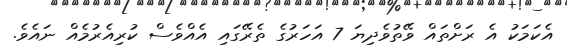
އެކަމަކު އެ ރަށްތައް ވޭތުވެދިޔަ 7 އަހަރުގެ ތެރޭގައި އެއްވެސް ކުރިއެރުމެއް ނައެވެ.